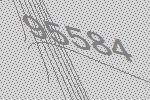
95584